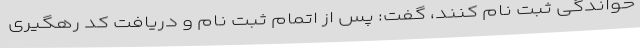
خواندگی ثبت نام کنند، گفت: پس از اتمام ثبت نام و دریافت کد رهگیری